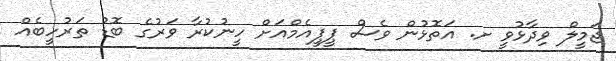
ޖަމީލް ވިދާޅުވީ ށ. އަތޮޅުން ވެސް ޕީޕީއެމްއަށް ހީނުކުރާ ވަރުގެ ބޮޑު ތަރުހީބެއް